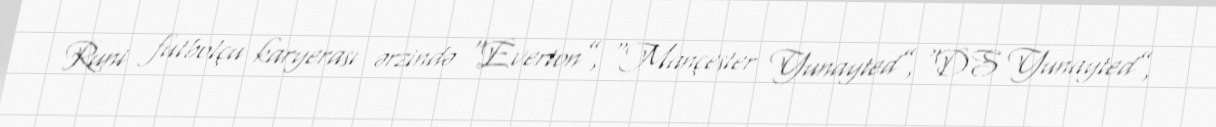
Runi futbolçu karyerası ərzində “Everton”, “Mançester Yunayted”, “DS Yunayted”,